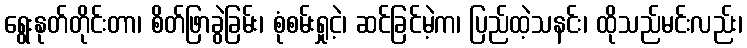
ရွေးနုတ်တိုင်းတာ၊ စိတ်ဖြာခွဲခြမ်း၊ စုံစမ်းရှုငဲ့၊ ဆင်ခြင်မဲ့က၊ ပြည်ထဲ့သနင်း၊ ထိုသည်မင်းလည်း၊